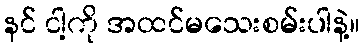
နင် ငါ့ကို အထင်မသေးစမ်းပါနဲ့။